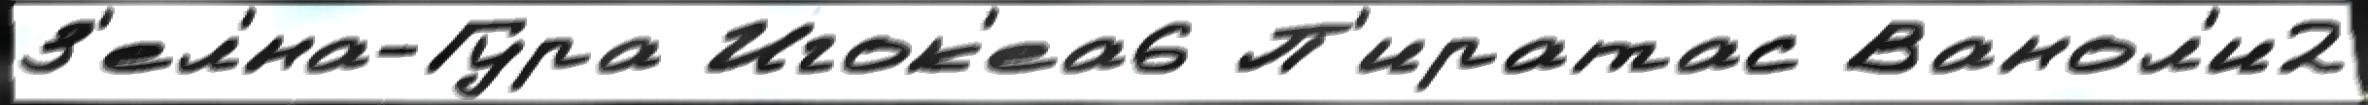
З'ел'́на-Гура Игок'еа6 П'иратас Ванол'и2